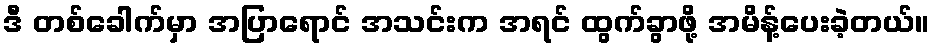
ဒီ တစ်ခေါက်မှာ အပြာရောင် အသင်းက အရင် ထွက်ခွာဖို့ အမိန့်ပေးခဲ့တယ်။